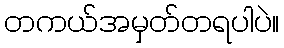
တကယ်အမှတ်တရပါပဲ။